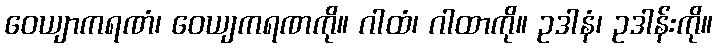
ဝေယျာကရဏံ၊ ဝေယျကရဏကို။ ဂါထံ၊ ဂါထာကို။ ဥဒါနံ၊ ဥဒါန်းကို။